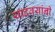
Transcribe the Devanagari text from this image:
यादवयांनी